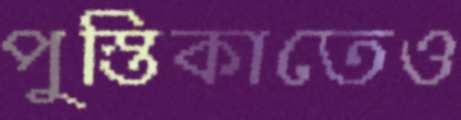
পুস্তিকাতেও